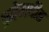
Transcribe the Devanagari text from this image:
क्रोमपीत